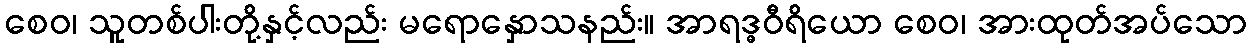
စေဝ၊ သူတစ်ပါးတို့နှင့်လည်း မရောနှောသနည်း။ အာရဒ္ဓဝီရိယော စေဝ၊ အားထုတ်အပ်သော